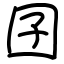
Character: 囝